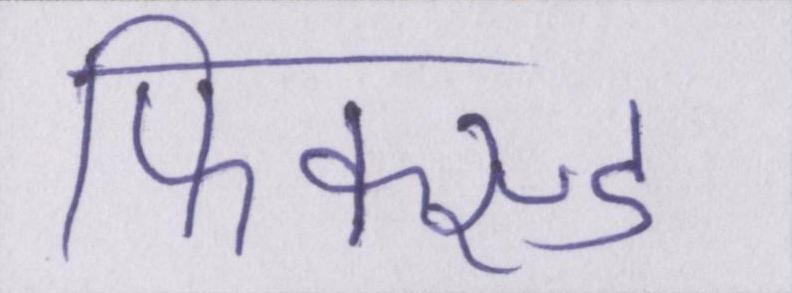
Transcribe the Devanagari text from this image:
फिक्स्ड